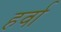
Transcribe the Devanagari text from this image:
हर्वा